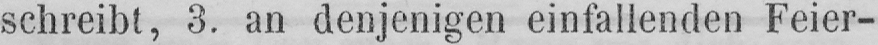
schreibt, 3. an denjenigen einfallenden Feier-